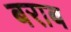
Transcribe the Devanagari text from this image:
बराब